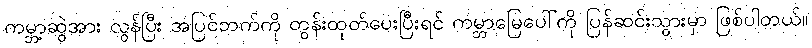
ကမ္ဘာ့ဆွဲအား လွန်ပြီး အပြင်ဘက်ကို တွန်းထုတ်ပေးပြီးရင် ကမ္ဘာမြေပေါ်ကို ပြန်ဆင်းသွားမှာ ဖြစ်ပါတယ်။